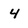
Character: 4